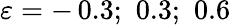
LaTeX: \varepsilon=-\, 0.3;\, \, 0.3;\, \, 0.6